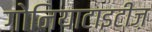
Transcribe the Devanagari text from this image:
गोनियाटाइटीज़